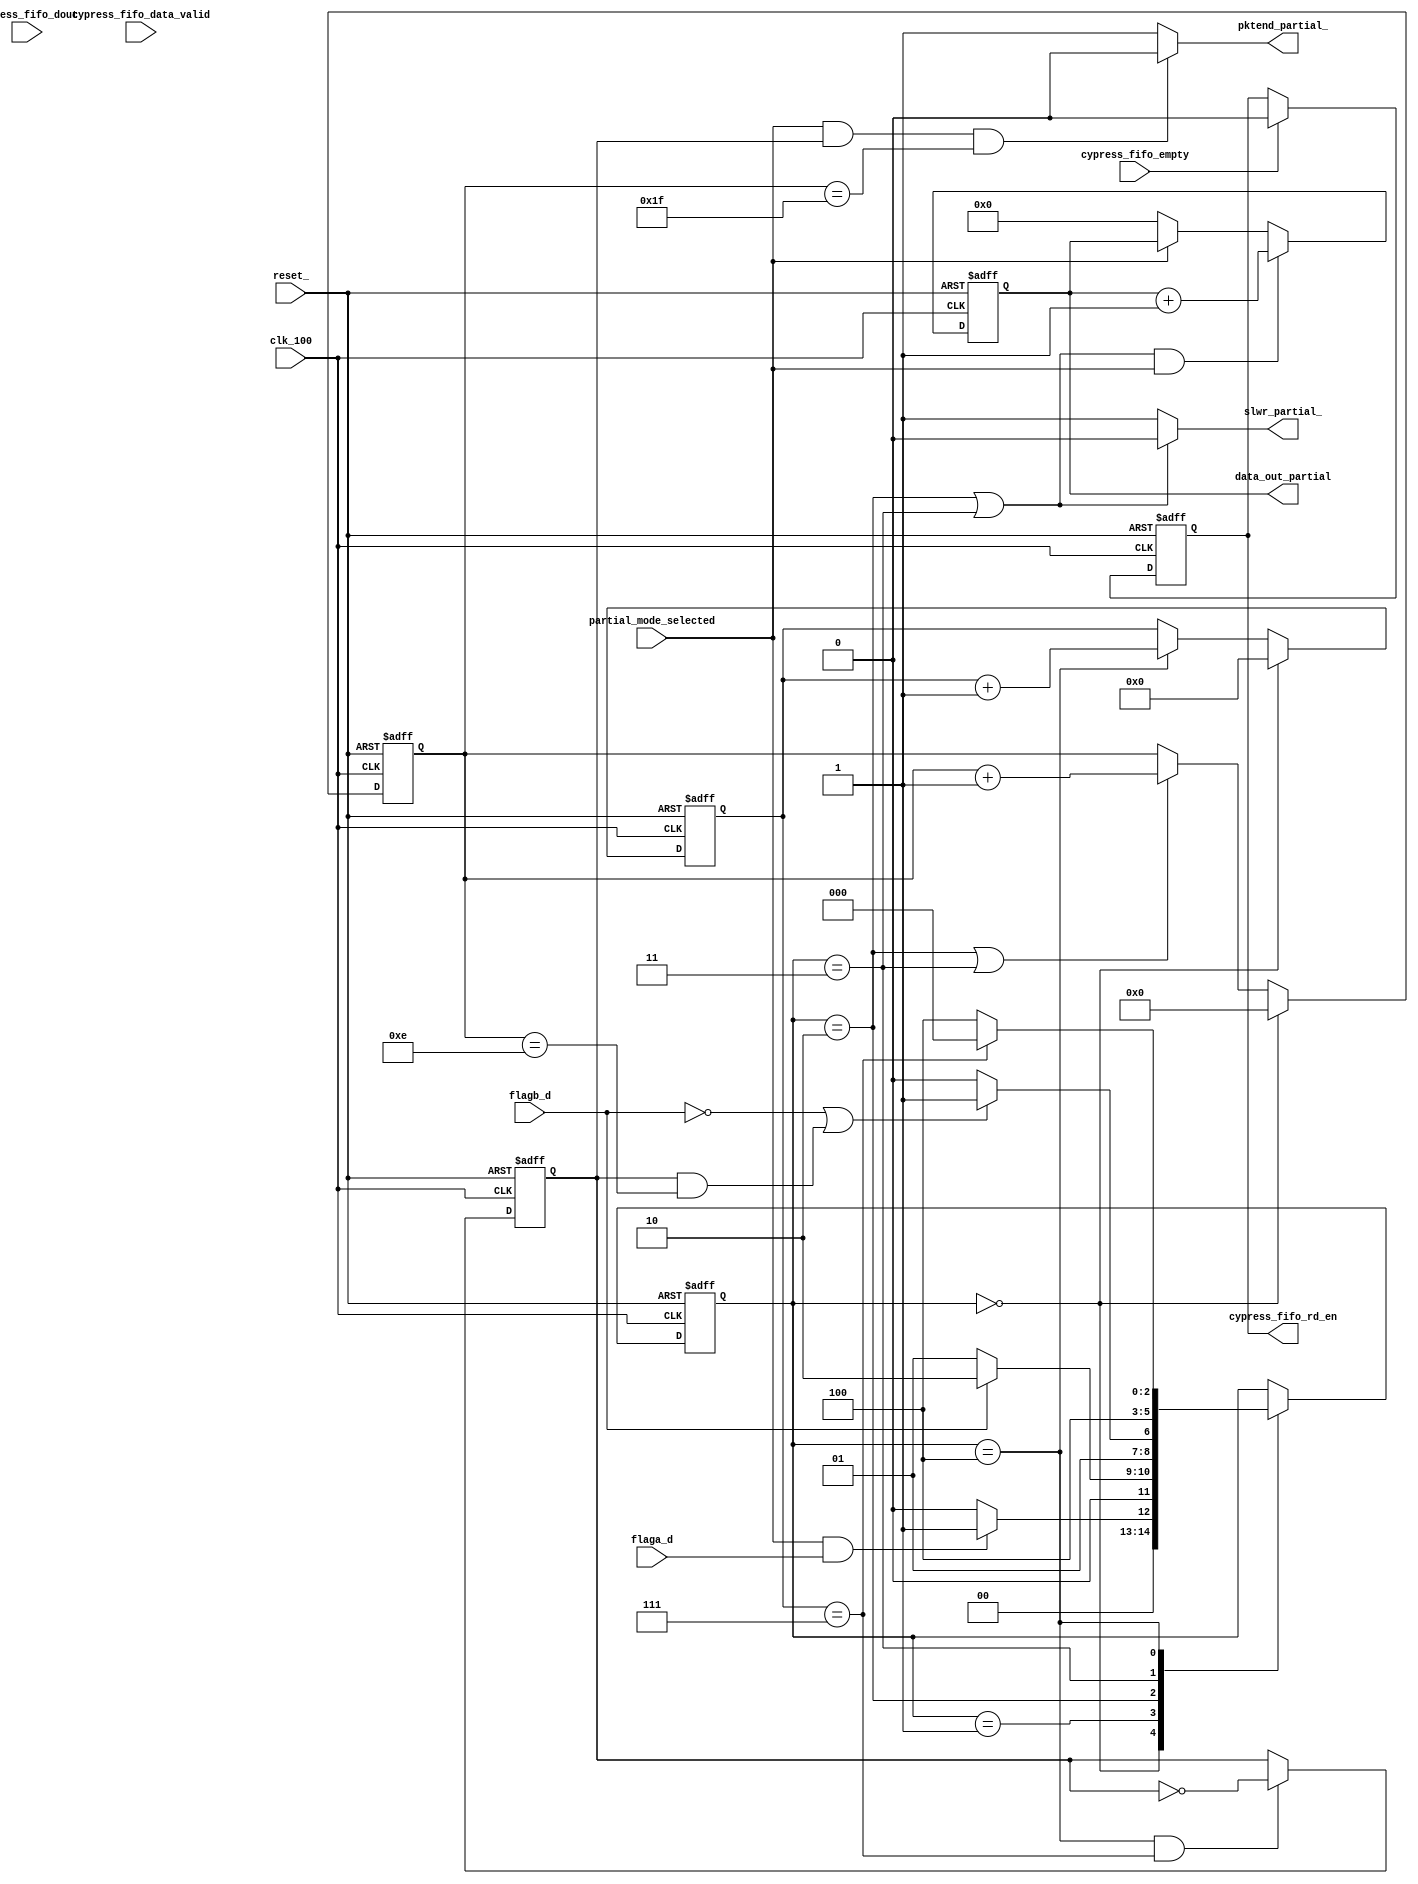
module slaveFIFO2b_partial(
	input wire        reset_,
	input wire        clk_100,
	input wire        partial_mode_selected,
	input wire        flaga_d,
	input wire        flagb_d,
 output wire        slwr_partial_,
 output wire        pktend_partial_,
 output wire [31:0] data_out_partial,
 output reg         cypress_fifo_rd_en,
	input wire [31:0] cypress_fifo_dout,
  input wire        cypress_fifo_data_valid,
  input wire        cypress_fifo_empty
);

reg [2:0] current_partial_state, next_partial_state;
//parameters for PARTIAL mode state machine
parameter [2:0] partial_idle                   = 3'd0;
parameter [2:0] partial_wait_flagb             = 3'd1;
parameter [2:0] partial_write                  = 3'd2;
parameter [2:0] partial_write_wr_delay         = 3'd3;
parameter [2:0] partial_wait		               = 3'd4;

reg [3:0] strob_cnt;
reg       strob; 
reg [4:0] short_pkt_cnt;
reg [31:0]data_gen_partial;
reg pktend_prtl_;

assign slwr_partial_ = ((current_partial_state == partial_write) | (current_partial_state == partial_write_wr_delay)) ? 1'b0 : 1'b1;

//counters for short pkt
always @(posedge clk_100, negedge reset_)begin
	if(!reset_)begin 
		short_pkt_cnt <= 4'd0;
	end else if(current_partial_state == partial_idle)begin
		short_pkt_cnt <= 4'd0;
	end else if((current_partial_state == partial_write) || (current_partial_state == partial_write_wr_delay))begin
		short_pkt_cnt <= short_pkt_cnt + 1'b1;
	end	
end

//counter to generate the strob for PARTIAL
always @(posedge clk_100, negedge reset_)begin
	if(!reset_)begin 
		strob_cnt <= 4'd0;
	end else if(current_partial_state == partial_idle)begin
		strob_cnt <= 4'd0;
	end else if(current_partial_state == partial_wait)begin
		strob_cnt <= strob_cnt + 1'b1;
	end	
end

//Strob logic
always@(posedge clk_100, negedge reset_)begin
	if(!reset_)begin
		strob <= 1'b0;
	end else if((current_partial_state == partial_wait) && (strob_cnt == 4'b0111)) begin
		strob <= !strob;
	end
end

always@(*)begin
	if((partial_mode_selected) & (strob == 1'b1) & (short_pkt_cnt == 5'b11111))begin
		pktend_prtl_ = 1'b0;
	end else begin
		pktend_prtl_ = 1'b1;
	end
end	

assign pktend_partial_ = pktend_prtl_;

//PARTIAL mode state machine
always @(posedge clk_100, negedge reset_)begin
	if(!reset_)begin 
		current_partial_state <= partial_idle;
	end else begin
		current_partial_state <= next_partial_state;
	end	
end

//PARTIAL mode state machine combo
always @(*)begin
	next_partial_state = current_partial_state;
	case(current_partial_state)
	partial_idle:begin
		if((partial_mode_selected) & (flaga_d == 1'b1))begin
			next_partial_state = partial_wait_flagb; 
		end else begin
			next_partial_state = partial_idle;
		end	
	end
	partial_wait_flagb :begin
		if (flagb_d == 1'b1)begin
			next_partial_state = partial_write; 
		end else begin
			next_partial_state = partial_wait_flagb; 
		end
	end
	partial_write:begin
		if((flagb_d == 1'b0) | ((strob == 1'b1) & (short_pkt_cnt == 4'b1110)))begin
			next_partial_state = partial_write_wr_delay;
		end else begin
		 	next_partial_state = partial_write;
		end
	end
        partial_write_wr_delay:begin
		next_partial_state = partial_wait;
	end
	partial_wait:begin
		if(strob_cnt == 4'b0111)begin
			next_partial_state = partial_idle;
		end else begin
			next_partial_state = partial_wait;
		end
	end	
	endcase
end

//data generator counter for Partial mode
always @(posedge clk_100, negedge reset_)begin
	if(!reset_)begin 
		data_gen_partial <= 32'd0;
    cypress_fifo_rd_en <= 0;
  end else begin
    if((slwr_partial_ == 1'b0) & (partial_mode_selected)) begin
    //   cypress_fifo_rd_en <= 1;
        data_gen_partial <= data_gen_partial + 1;
    end else if (!partial_mode_selected) begin
      data_gen_partial <= 32'd0;
    end	
    if(cypress_fifo_empty) begin
      cypress_fifo_rd_en <= 0;
    end
  end
end

assign data_out_partial = data_gen_partial;//cypress_fifo_data_valid ? cypress_fifo_dout: 32'h0000_0000;// ;

endmodule